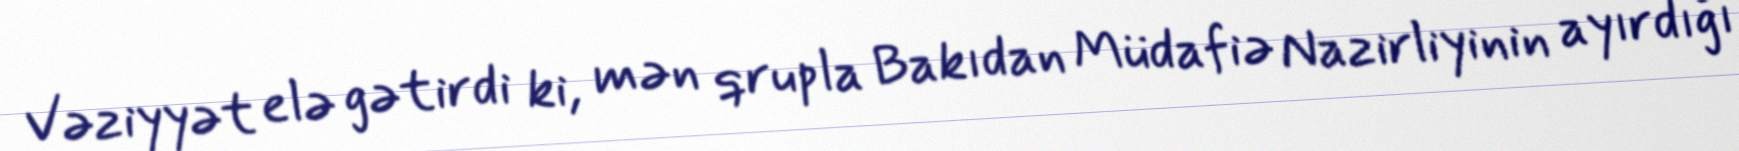
Vəziyyət elə gətirdi ki, mən qrupla Bakıdan Müdafiə Nazirliyinin ayırdığı